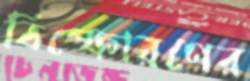
বিস্ফোরণের